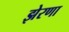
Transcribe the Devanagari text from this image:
झेरणा